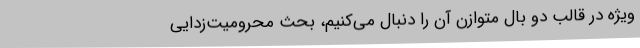
ویژه در قالب دو بال متوازن آن را دنبال می‌کنیم، بحث محرومیت‌زدایی